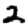
Digit: 2